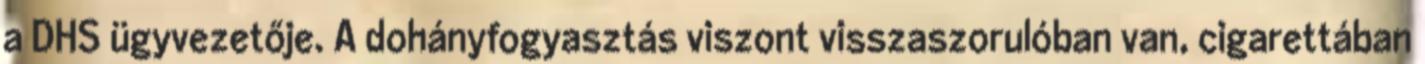
a DHS ügyvezetője. A dohányfogyasztás viszont visszaszorulóban van, cigarettában